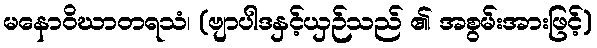
မနောဝိဃာတရသံ၊ (ဗျာပါဒနှင့်ယှဉ်သည် ၏ အစွမ်းအားဖြင့်)